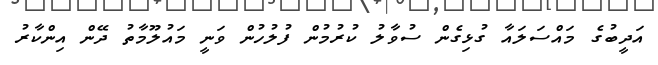
އަދީބުގެ މައްސަލައާ ގުޅިގެން ސުވާލު ކުރުމުން ފުލުހުން ވަނީ މައުލޫމާތު ދޭން އިންކާރު